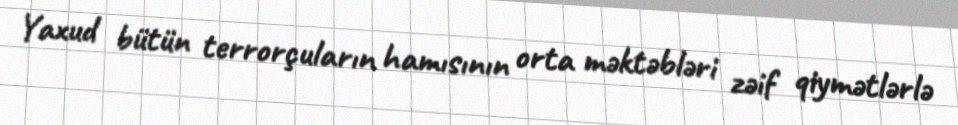
Yaxud bütün terrorçuların hamısının orta məktəbləri zəif qiymətlərlə